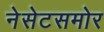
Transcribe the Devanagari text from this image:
नेसेटसमोर